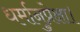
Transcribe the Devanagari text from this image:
धर्मानुप्रेक्षा।